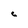
Character: c